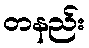
တနည်း